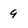
Character: 9